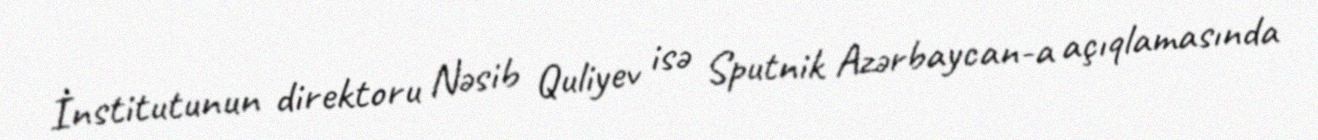
İnstitutunun direktoru Nəsib Quliyev isə Sputnik Azərbaycan-a açıqlamasında